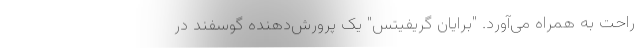
راحت به همراه می‌آورد. "برایان گریفیتس" یک پرورش‌دهنده گوسفند در